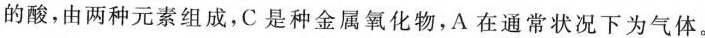
的酸，由两种元素组成，C是种金属氧化物，A在通常状况下为气体。